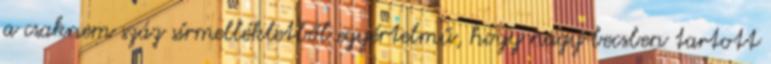
a csaknem száz sírmellékletből egyértelmű, hogy nagy becsben tartott